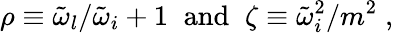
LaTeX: \rho\equiv{{\tilde{\omega}}_{l}}/{{\tilde{\omega}}_{i}}+1\; \; \mathrm{and}\; \; \zeta\equiv{{\tilde{\omega}}_{i}^{2}}/{m^{2}}\; ,